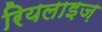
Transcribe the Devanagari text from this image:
रियलाइज़